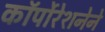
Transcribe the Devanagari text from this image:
कॉर्पोरेशनेने